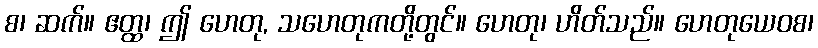
စ၊ ဆက်။ ဧတ္ထ၊ ဤ ဟေတု, သဟေတုကတို့တွင်။ ဟေတု၊ ဟိတ်သည်။ ဟေတုယေဝစ၊